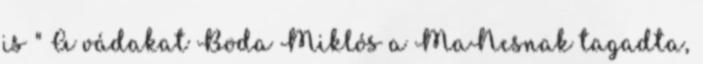
is " A vádakat Boda Miklós a MaNcsnak tagadta,